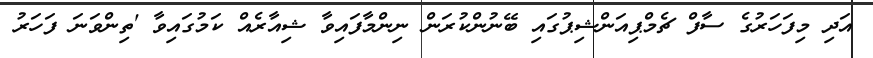
އަދި މިފަހަރުގެ ސާފް ޗެމްޕިއަންޝިޕުގައި ބޭނުންކުރަން ނިންމާފައިވާ ޝިއާރެއް ކަމުގައިވާ 'ތިންވަނަ ފަހަރު